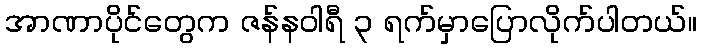
အာဏာပိုင်တွေက ဇန်နဝါရီ ၃ ရက်မှာပြောလိုက်ပါတယ်။